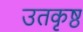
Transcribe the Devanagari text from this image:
उतकृष्ठ